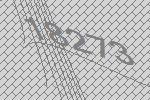
18273